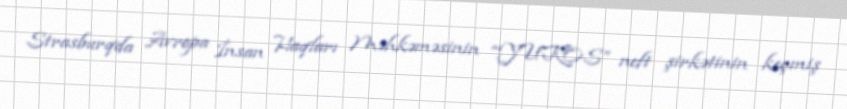
Strasburqda Avropa İnsan Haqları Məhkəməsinin “YUKOS” neft şirkətinin keçmiş